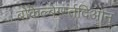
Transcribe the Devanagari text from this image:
बोकेल्बेर्ग्स्तदिओन्